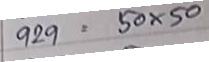
929 = 20 x 20